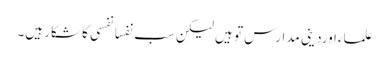
علماءاوردینی مدارس تو ہیں لیکن سب نفسانفسی کا شکار ہیں۔